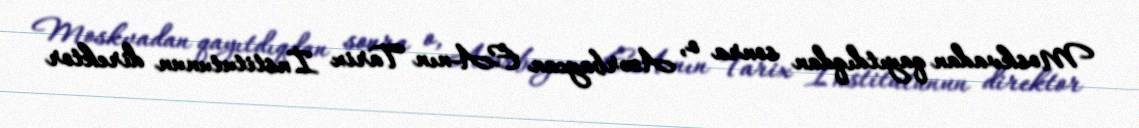
Moskvadan qayıtdıqdan sonra o, Azərbaycan EA-nın Tarix İnstitutunun direktor